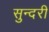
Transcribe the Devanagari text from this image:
सुन्‍दरी